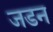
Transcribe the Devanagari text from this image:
जडन